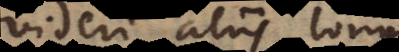
videri aliis longius